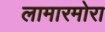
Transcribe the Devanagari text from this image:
लामारमोरा